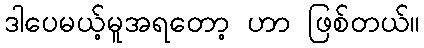
ဒါပေမယ့်မူအရတော့ ဟာ ဖြစ်တယ်။